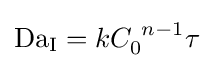
\mathrm {Da_{\mathrm {I} }} =kC_{0}^{\ n-1}\tau